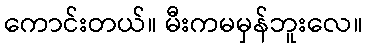
ကောင်းတယ်။ မီးကမမှန်ဘူးလေ။